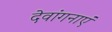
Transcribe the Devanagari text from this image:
देवांगनाएं